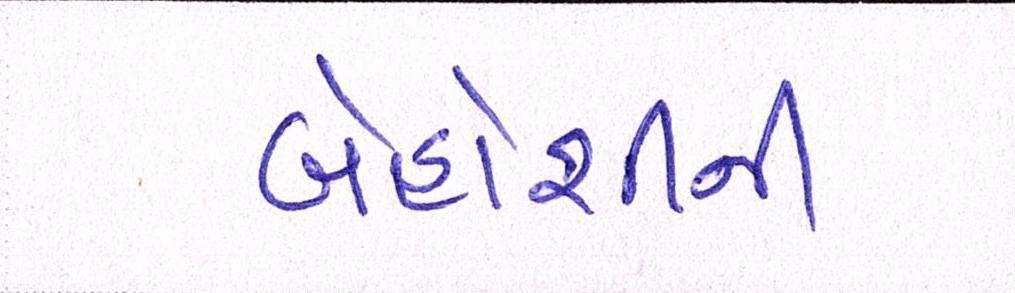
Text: બેહોશીની